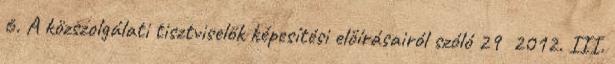
6. A közszolgálati tisztviselők képesítési előírásairól szóló 29 2012. III.